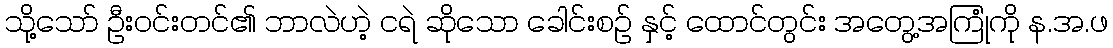
သို့သော် ဦးဝင်းတင်၏ ဘာလဲဟဲ့ ငရဲ ဆိုသော ခေါင်းစဉ် နှင့် ထောင်တွင်း အတွေ့အကြုံကို န.အ.ဖ